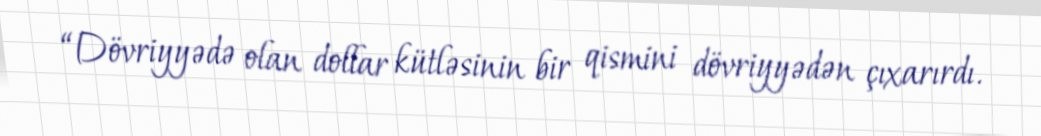
“Dövriyyədə olan dollar kütləsinin bir qismini dövriyyədən çıxarırdı.